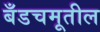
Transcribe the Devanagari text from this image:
बँडचमूतील